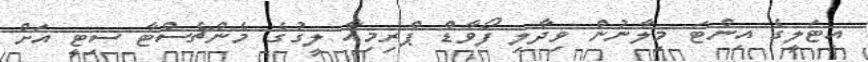
އިޓަލީގެ އިންޓަ މިލާނުން ވިދާލި ފޯވާޑް ޕްރިމިއާ ލީގުގެ މެންޗެސްޓާ ސިޓީ އަށް